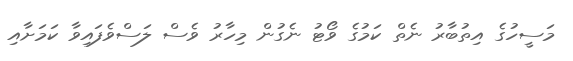
މަސީހުގެ އިތުބާރު ނެތް ކަމުގެ ވޯޓު ނެގުން މިހާރު ވެސް ލަސްވެފައިވާ ކަމަށާއި